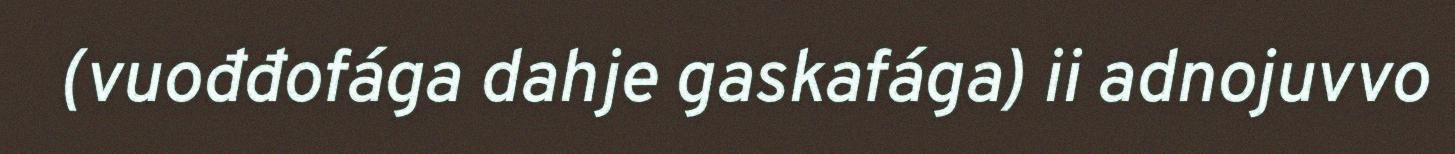
(vuođđofága dahje gaskafága) ii adnojuvvo